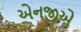
એનજીએ